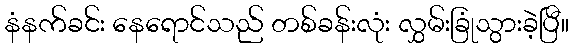
နံနက်ခင်း နေရောင်သည် တစ်ခန်းလုံး လွှမ်းခြုံသွားခဲ့ပြီ။